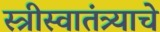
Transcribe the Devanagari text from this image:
स्त्रीस्वातंत्र्याचे